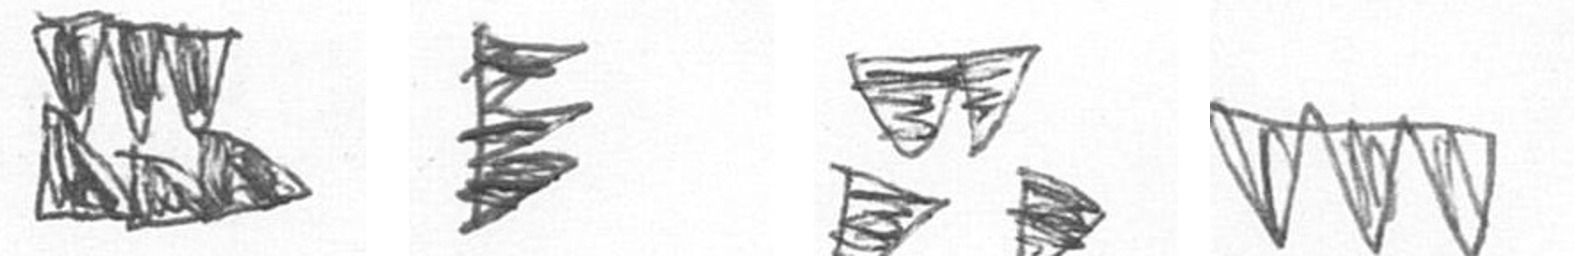
D H B L